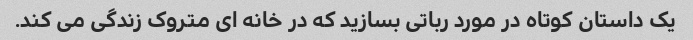
یک داستان کوتاه در مورد رباتی بسازید که در خانه ای متروک زندگی می کند.